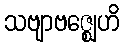
သဗျာဗဇ္ဈေဟိ